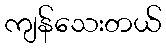
ကျန်သေးတယ်